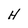
Character: H